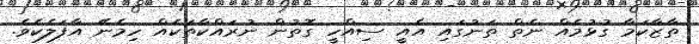
ތާޒާކަމާ ގުޅުމެއް ނެތް ތަނުގައި އެއީ ސިއްހީ ގޮތުން ނުރައްކާތަކެއް ހިމެނޭ އާފަލެކެވެ.